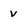
Character: v